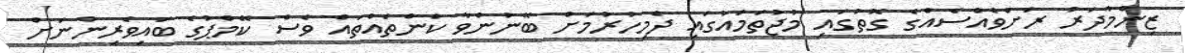
ޒިންމާދަރު ރަށްވެއްސެއްގެ ގޮތުގައި މުޖުތަމައުގައި ދެމިހުރުމަށް ބޭނުންވާ ކަންތައްތައް ވެސް ކޭމްޕުގެ ބައިވެރިންނަށް